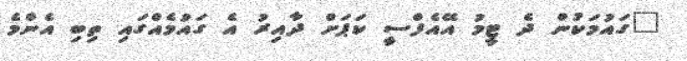
"ގައުމަކުން ދެ ޓީމު އޭއެފްސީ ކަޕަށް ދާއިރު އެ ގައުމެއްގައި ތިބި އެންމެ